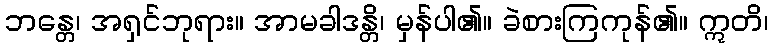
ဘန္တေ၊ အရှင်ဘုရား။ အာမခါဒန္တိ၊ မှန်ပါ၏။ ခဲစားကြကုန်၏။ ဣတိ၊